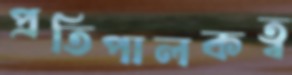
প্রতিপালকত্ব